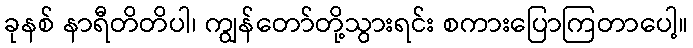
ခုနစ် နာရီတိတိပါ၊ ကျွန်တော်တို့သွားရင်း စကားပြောကြတာပေါ့။